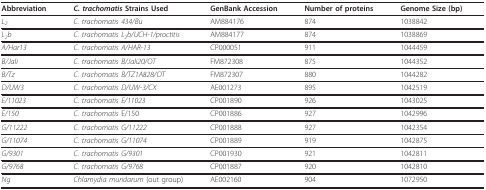
<table><thead><tr><td><b>Abbreviation</b></td><td><b><i>C. trachomatis </i>Strains Used</b></td><td><b>GenBank Accession</b></td><td><b>Number of proteins</b></td><td><b>Genome Size (bp)</b></td></tr></thead><tbody><tr><td><i>L</i><sub><i>2</i></sub></td><td><i>C. trachomatis 434/Bu</i></td><td>AM884176</td><td>874</td><td>1038842</td></tr><tr><td><i>L</i><sub><i>2</i></sub><i>b</i></td><td><i>C. trachomatis L</i><sub><i>2</i></sub><i>b/UCH-1/proctitis</i></td><td>AM884177</td><td>874</td><td>1038869</td></tr><tr><td><i>A/Har13</i></td><td><i>C. trachomatis A/HAR-13</i></td><td>CP000051</td><td>911</td><td>1044459</td></tr><tr><td><i>B/Jali</i></td><td><i>C. trachomatis B/Jali20/OT</i></td><td>FM872308</td><td>875</td><td>1044352</td></tr><tr><td><i>B/Tz</i></td><td><i>C. trachomatis B/TZ1A828/OT</i></td><td>FM872307</td><td>880</td><td>1044282</td></tr><tr><td><i>D/UW3</i></td><td><i>C. trachomatis D/UW-3/CX</i></td><td>AE001273</td><td>895</td><td>1042519</td></tr><tr><td><i>E/11023</i></td><td><i>C. trachomatis E/11023</i></td><td>CP001890</td><td>926</td><td>1043025</td></tr><tr><td><i>E/150</i></td><td><i>C. trachomatis </i>E/150</td><td>CP001886</td><td>927</td><td>1042996</td></tr><tr><td><i>G/11222</i></td><td><i>C. trachomatis G/11222</i></td><td>CP001888</td><td>927</td><td>1042354</td></tr><tr><td><i>G/11074</i></td><td><i>C. trachomatis G/11074</i></td><td>CP001889</td><td>919</td><td>1042875</td></tr><tr><td><i>G/9301</i></td><td><i>C. trachomatis G/9301</i></td><td>CP001930</td><td>921</td><td>1042811</td></tr><tr><td><i>G/9768</i></td><td><i>C. trachomatis G/9768</i></td><td>CP001887</td><td>920</td><td>1042810</td></tr><tr><td><i>Ng</i></td><td><i>Chlamydia muridarum </i>(out group)</td><td>AE002160</td><td>904</td><td>1072950</td></tr></tbody></table>